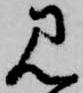
見